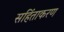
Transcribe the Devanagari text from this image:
सहिंताकरण